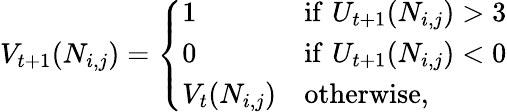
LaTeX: V_{t+1}(N_{i,j})=\left\{ {\begin{array}{ll}{1}&{{\mathrm{if}}\, \, U_{t+1}(N_{i,j})>3}\\ {0}&{{\mathrm{if}}\, \, U_{t+1}(N_{i,j})<0}\\ {V_{t}(N_{i,j})}&{{\mathrm{otherwise}},}\end{array}}\right.